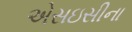
એસઇસીના